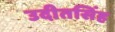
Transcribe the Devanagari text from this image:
उदीतसिंह